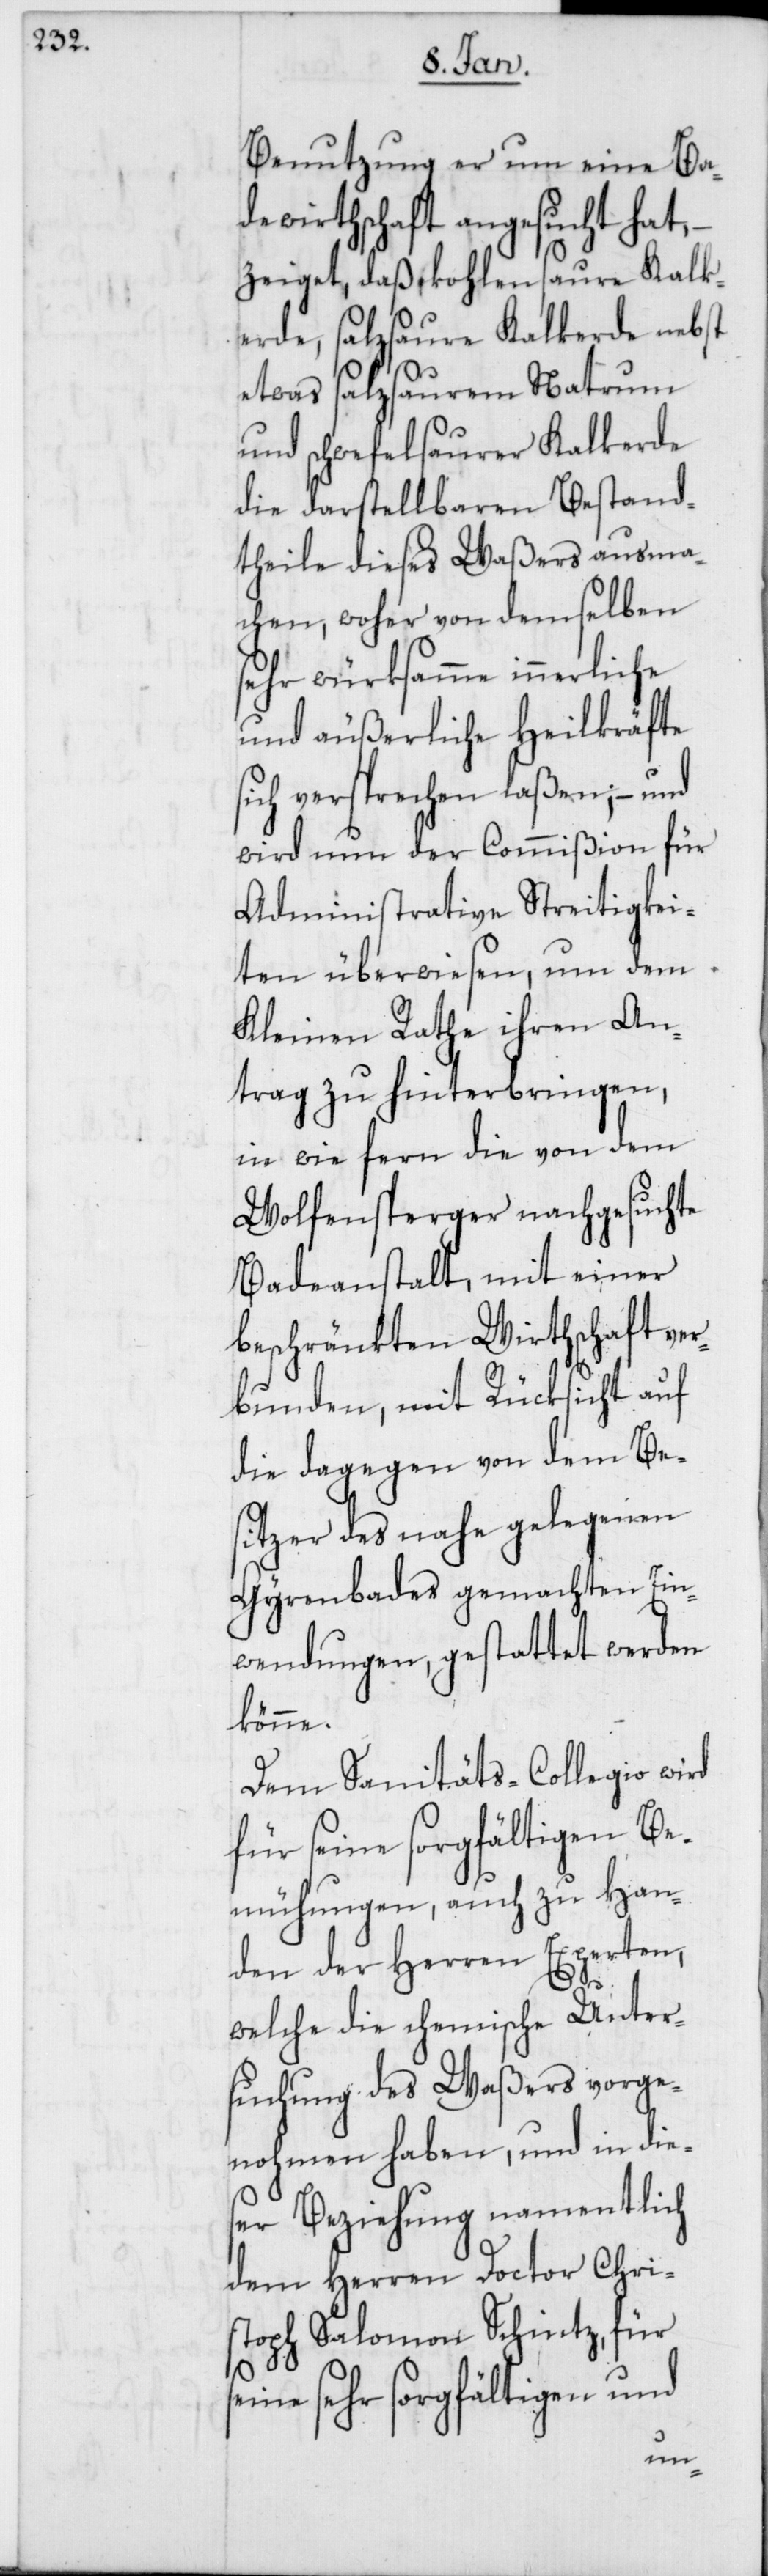
Benutzung er um eine Ba¬
dewirthschaft angesucht hat,
zeiget daß kohlensaure Kalk¬
erde, salzsaure Kalkerde nebst
etwas salzsaurem Natrum
und schwefelsaurer Kalkerde
die darstellbaren Bestand¬
theile dieses Waßers ausma¬
chen, woher von demselben
sehr würksamme innerliche
und äußerliche Heilkräfte
ich versprechen laßen, – und
wird nun der Commißion für
Administrative Streitigkei¬
ten überwiesen, um dem
Kleinen Rathe ihren An¬
trag zu hinterbringen,
in wie fern die von dem
Wolfensperger nachgesuchte
Badeanstalt, mit einer
beschränkten Wirthschaft ve¬
rbunden, mit Rücksicht auf
die dagegen von dem Be¬
sitzer des nahe gelegenen
Gyrenbades gemachten Ein¬
wendungen gestattet werden
könne.
Dem Sanitäts-Collegio wird
für seine sorgfältigen Be¬
mühungen, auch zu Han¬
den der Herren Experten,
welche die chemische Unter¬
suchung des Waßers vorge¬
nohmen haben, und in die¬
ser Beziehung namentlich
dem Herren Doctor Chri¬
stoph Salomon Schintz, für
eine sehr sorgfältigen und
s¬